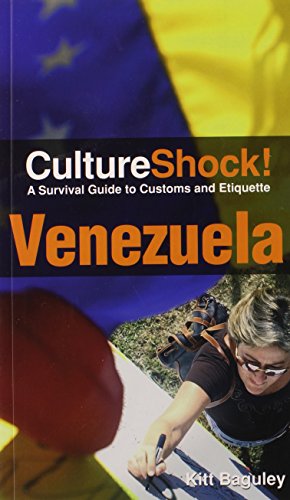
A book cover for CultureShock! Venezuela: A Survival Guide to Customs and Etiquette (Cultureshock Venezuela: A Survival Guide to Customs & Etiquitte); Kitt Baguley; Travel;